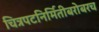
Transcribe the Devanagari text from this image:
चित्रपटनिर्मितीबरोबरच